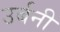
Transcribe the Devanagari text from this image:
उर्बनी